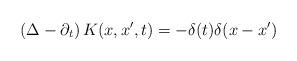
LaTeX: \begin{align*}\left(\Delta-\partial_t\right)K(x,x',t)=-\delta(t)\delta(x-x')\end{align*}